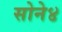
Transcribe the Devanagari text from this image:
सोने४